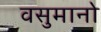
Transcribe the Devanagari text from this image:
वसुमानो